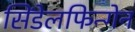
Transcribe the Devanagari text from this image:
सिंडेलफिन्गेन